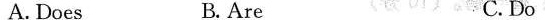
A. Does B. Are C.Do